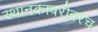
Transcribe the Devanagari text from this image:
स्थानकाबरोबरच